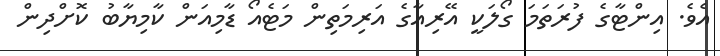
އެވެ. އިންޓާގެ ފުރަތަމަ ގޯލަކީ އޭރިއާގެ އަރިމަތިން މަޓެއޯ ޑާމިއަން ކާމިޔާބު ކޮށްދިން